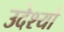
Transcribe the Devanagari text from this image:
उदेश्यो